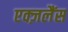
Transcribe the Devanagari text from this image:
एक्ज़लैंस